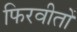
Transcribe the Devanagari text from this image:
फिरवीतों